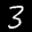
Label: 3